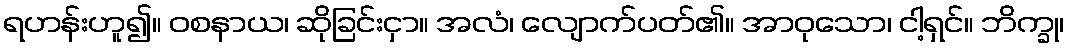
ရဟန်းဟူ၍။ ဝစနာယ၊ ဆိုခြင်းငှာ။ အလံ၊ လျောက်ပတ်၏။ အာဝုသော၊ ငါ့ရှင်။ ဘိက္ခု၊